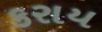
કરાય